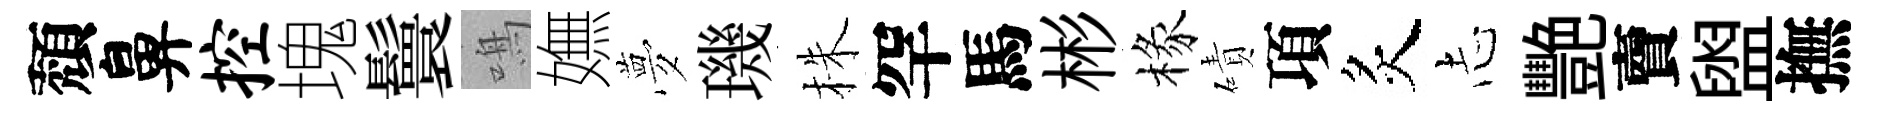
頽鼻控塊鬟鳴嫵夢璣株罕馬彬椽磧項炙𢖽艷𧶠盥撫